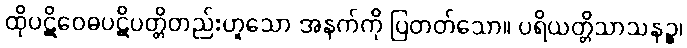
ထိုပဋိဝေဓပဋိပတ္တိတည်းဟူသော အနက်ကို ပြတတ်သော။ ပရိယတ္တိသာသနဉ္စ၊